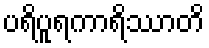
ပရိပူရကာရိဿာတိ